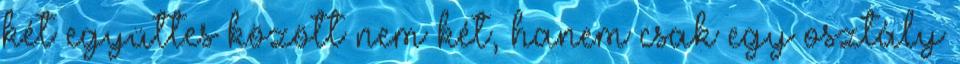
két együttes között nem két, hanem csak egy osztály